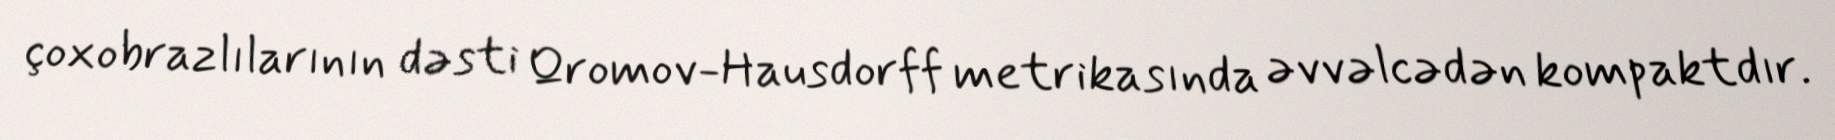
çoxobrazlılarının dəsti Qromov-Hausdorff metrikasında əvvəlcədən kompaktdır.